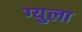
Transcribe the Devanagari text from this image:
ग्युला